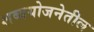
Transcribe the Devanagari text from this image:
शब्दयोजनेतील